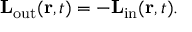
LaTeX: \mathbf { L } _ { \mathrm { o u t } } ( \mathbf { r } , t ) = - \mathbf { L } _ { \mathrm { i n } } ( \mathbf { r } , t ) .